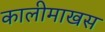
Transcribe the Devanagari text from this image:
कालीमाखस